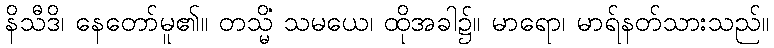
နိသီဒိ၊ နေတော်မူ၏။ တသ္မိံ သမယေ၊ ထိုအခါ၌။ မာရော၊ မာရ်နတ်သားသည်။